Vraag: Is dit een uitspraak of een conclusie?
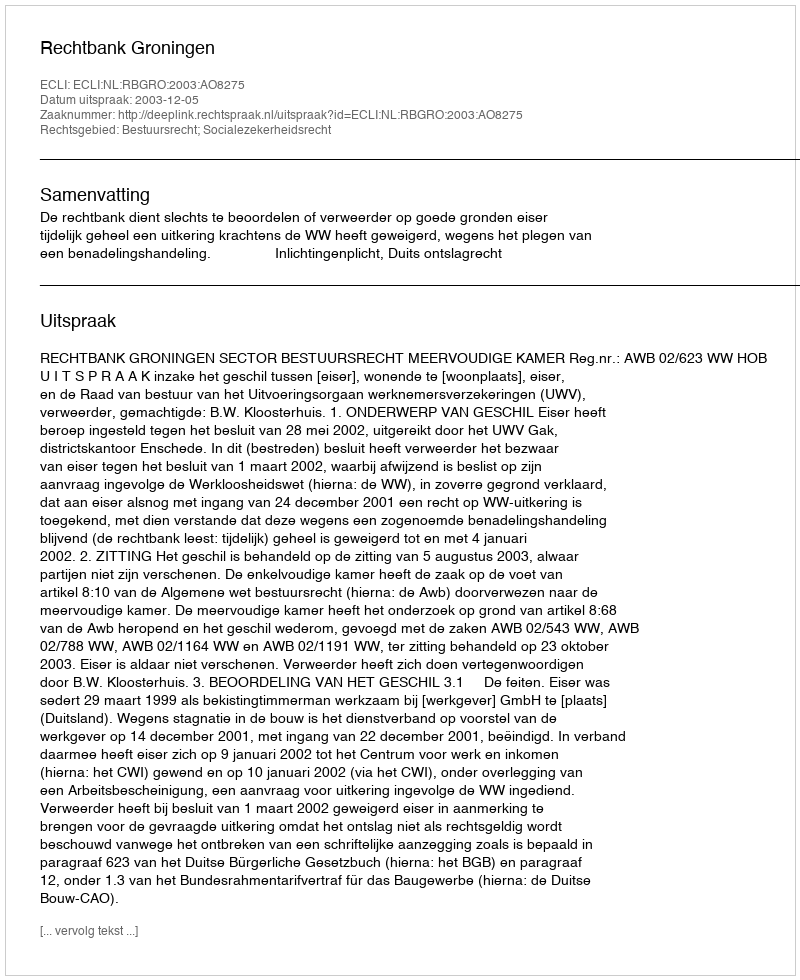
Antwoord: Uitspraak